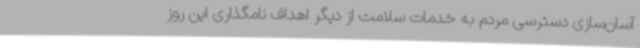
آسان‌سازی دسترسی مردم به خدمات سلامت از دیگر اهداف نامگذاری این روز